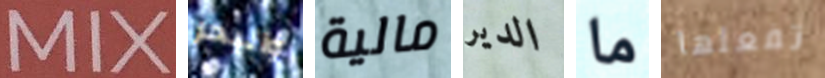
MIX والبحر مالية الدير ما تفعلها